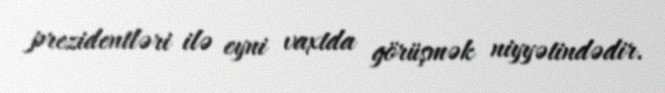
prezidentləri ilə eyni vaxtda görüşmək niyyətindədir.